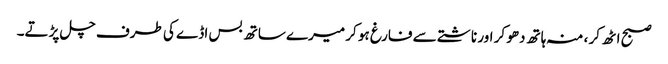
صبح اٹھ کر ، منہ ہاتھ دھو کر اور ناشتے سے فارغ ہو کر میرے ساتھ بس اڈے کی طرف چل پڑتے۔